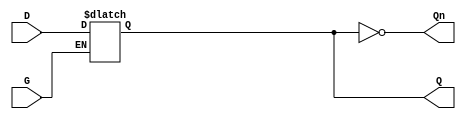
module GatedDLatch (
    input wire D,        // Data input
    input wire G,        // Gating control signal
    output reg Q,        // Output that holds the stored value
    output wire Qn       // Complementary output
);

    assign Qn = ~Q;     // Q' is the complement of Q

    always @ (D or G) begin
        if (G) begin
            Q <= D;     // When G is high, Q follows D
        end
        // When G is low, Q retains its previous value
    end

endmodule